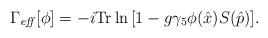
LaTeX: \begin{align*}\Gamma_{\mathit{eff}}[\phi ] =-i \mathrm{Tr} \ln{ \left[ 1- g \gamma_5 \phi (\hat{x}) S(\hat{p}) \right] }. \end{align*}